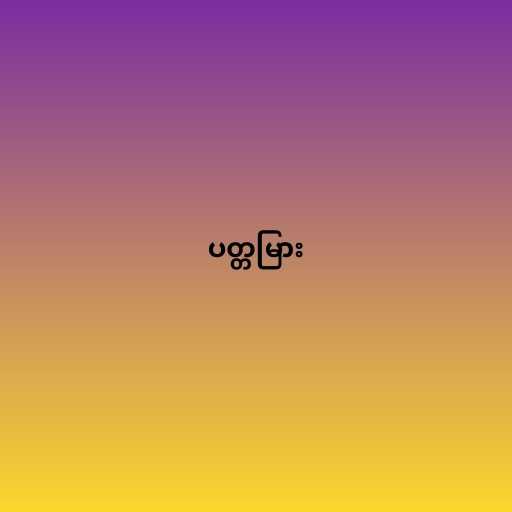
ပတ္တမြား